Report of an investigation of the epidemic of malarial fever in Assam, or, kala-azar
Disease focus: Malaria
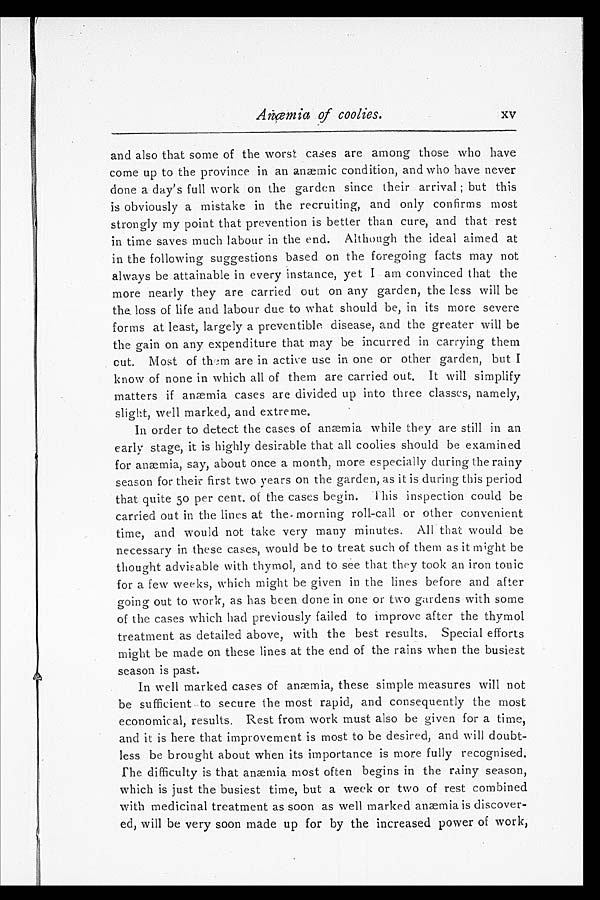
Anœmia of coolies.
xv
and also that some of the worst cases are among those who have
come up to the province in an anæmic condition, and who have never
done a day's full work on the garden since their arrival; but this
is obviously a mistake in the recruiting, and only confirms most
strongly my point that prevention is better than cure, and that rest
in time saves much labour in the end. Although the ideal aimed at
in the following suggestions based on the foregoing facts may not
always be attainable in every instance, yet I am convinced that the
more nearly they are carried out on any garden, the less will be
the loss of life and labour due to what should be, in its more severe
forms at least, largely a preventible disease, and the greater will be
the gain on any expenditure that may be incurred in carrying them
cut. Most of them are in active use in one or other garden, but I
know of none in which all of them are carried out. It will simplify
matters if anæmia cases are divided up into three classes, namely,
slight, well marked, and extreme.
In order to detect the cases of anæmia while they are still in an
early stage, it is highly desirable that all coolies should be examined
for anæmia, say, about once a month, more especially during the rainy
season for their first two years on the garden, as it is during this period
that. quite 50 per cent. of the cases begin. This inspection could be
carried out in the lines at the morning roll-call or other convenient
time, and would not take very many minutes. All that would be
necessary in these cases, would be to treat such of them as it might be
thought advisable with thymol, and to see that they took an iron tonic
for a few weeks, which might be given in the lines before and after
going out to work, as has been done in one or two gardens with some
of the cases which had previously failed to improve after the thymol
treatment as detailed above, with the best results. Special efforts
might be made on these lines at the end of the rains when the busiest
season is past.
In well marked cases of anæmia, these simple measures will not
be sufficient to secure the most rapid, and consequently the most
economical, results. Rest from work must also be given for a time,
and it is here that improvement is most to be desired, and will doubt--
less be brought about when its importance is more fully recognised.
The difficulty is that anæmia most often begins in the rainy season,
which is just the busiest time, but a week or two of rest combined
with medicinal treatment as soon as well marked anæmia is discover--
ed, will be very soon made up for by the increased power of work,